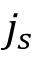
j _ { s }